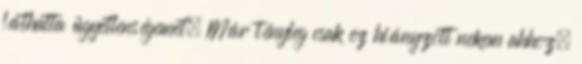
láthatta ügyetlenségemet. Már tényleg csak ez hiányzott nekem ahhoz,